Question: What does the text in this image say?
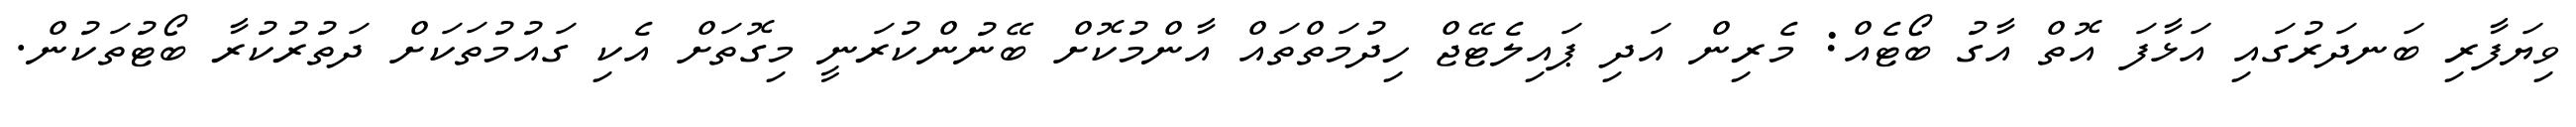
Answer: ވިޔަފާރި ބަނދަރުގައި އަޅާފަ އޮތް އާގު ބޯޓެއް: މެރިން އަދި ޕައިލެޓޭޖް ހިދުމަތްތައް އާންމުކޮށް ބޭނުންކުރަނީ މިގޮތަށް އެކި ގައުމުތަކަށް ދަތުރުކުރާ ބޯޓުތަކުން.